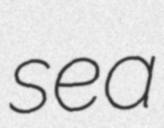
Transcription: sea